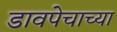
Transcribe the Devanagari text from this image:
डावपेचाच्या